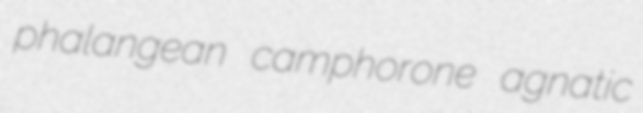
phalangean camphorone agnatic